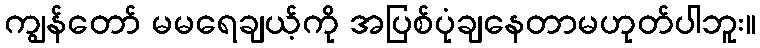
ကျွန်တော် မမရေချယ့်ကို အပြစ်ပုံချနေတာမဟုတ်ပါဘူး။